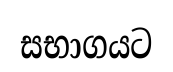
සභාගයට